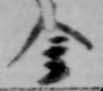
金